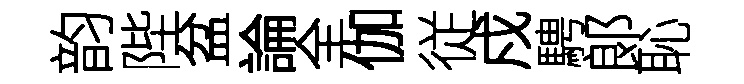
韵陛盆論全伽従戍騁郞恥